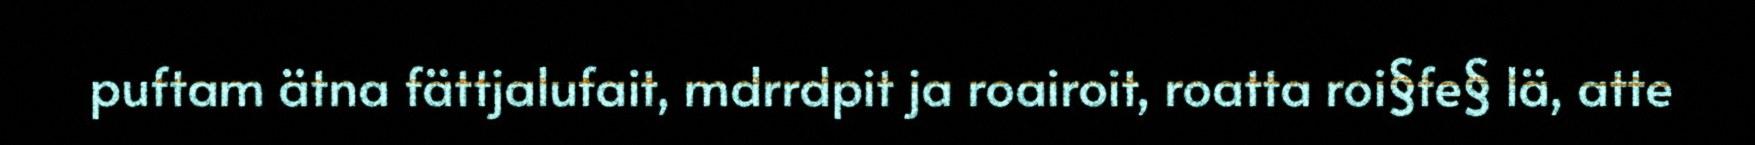
puftam ätna fättjalufait, mdrrdpit ja roairoit, roatta roi§fe§ lä, atte